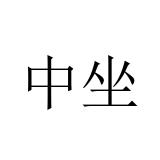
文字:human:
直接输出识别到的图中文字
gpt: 中坐